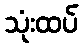
သုံးထပ်